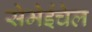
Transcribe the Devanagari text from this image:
सेमेईचेल